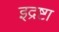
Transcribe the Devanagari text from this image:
इद्रष्टा